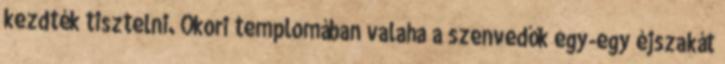
kezdték tisztelni. Ókori templomában valaha a szenvedők egy-egy éjszakát